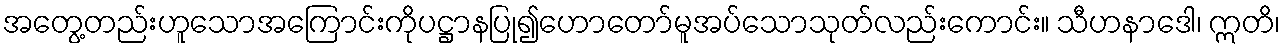
အတွေ့တည်းဟူသောအကြောင်းကိုပဋ္ဌာနပြု၍ဟောတော်မူအပ်သောသုတ်လည်းကောင်း။ သီဟနာဒေါ၊ ဣတိ၊